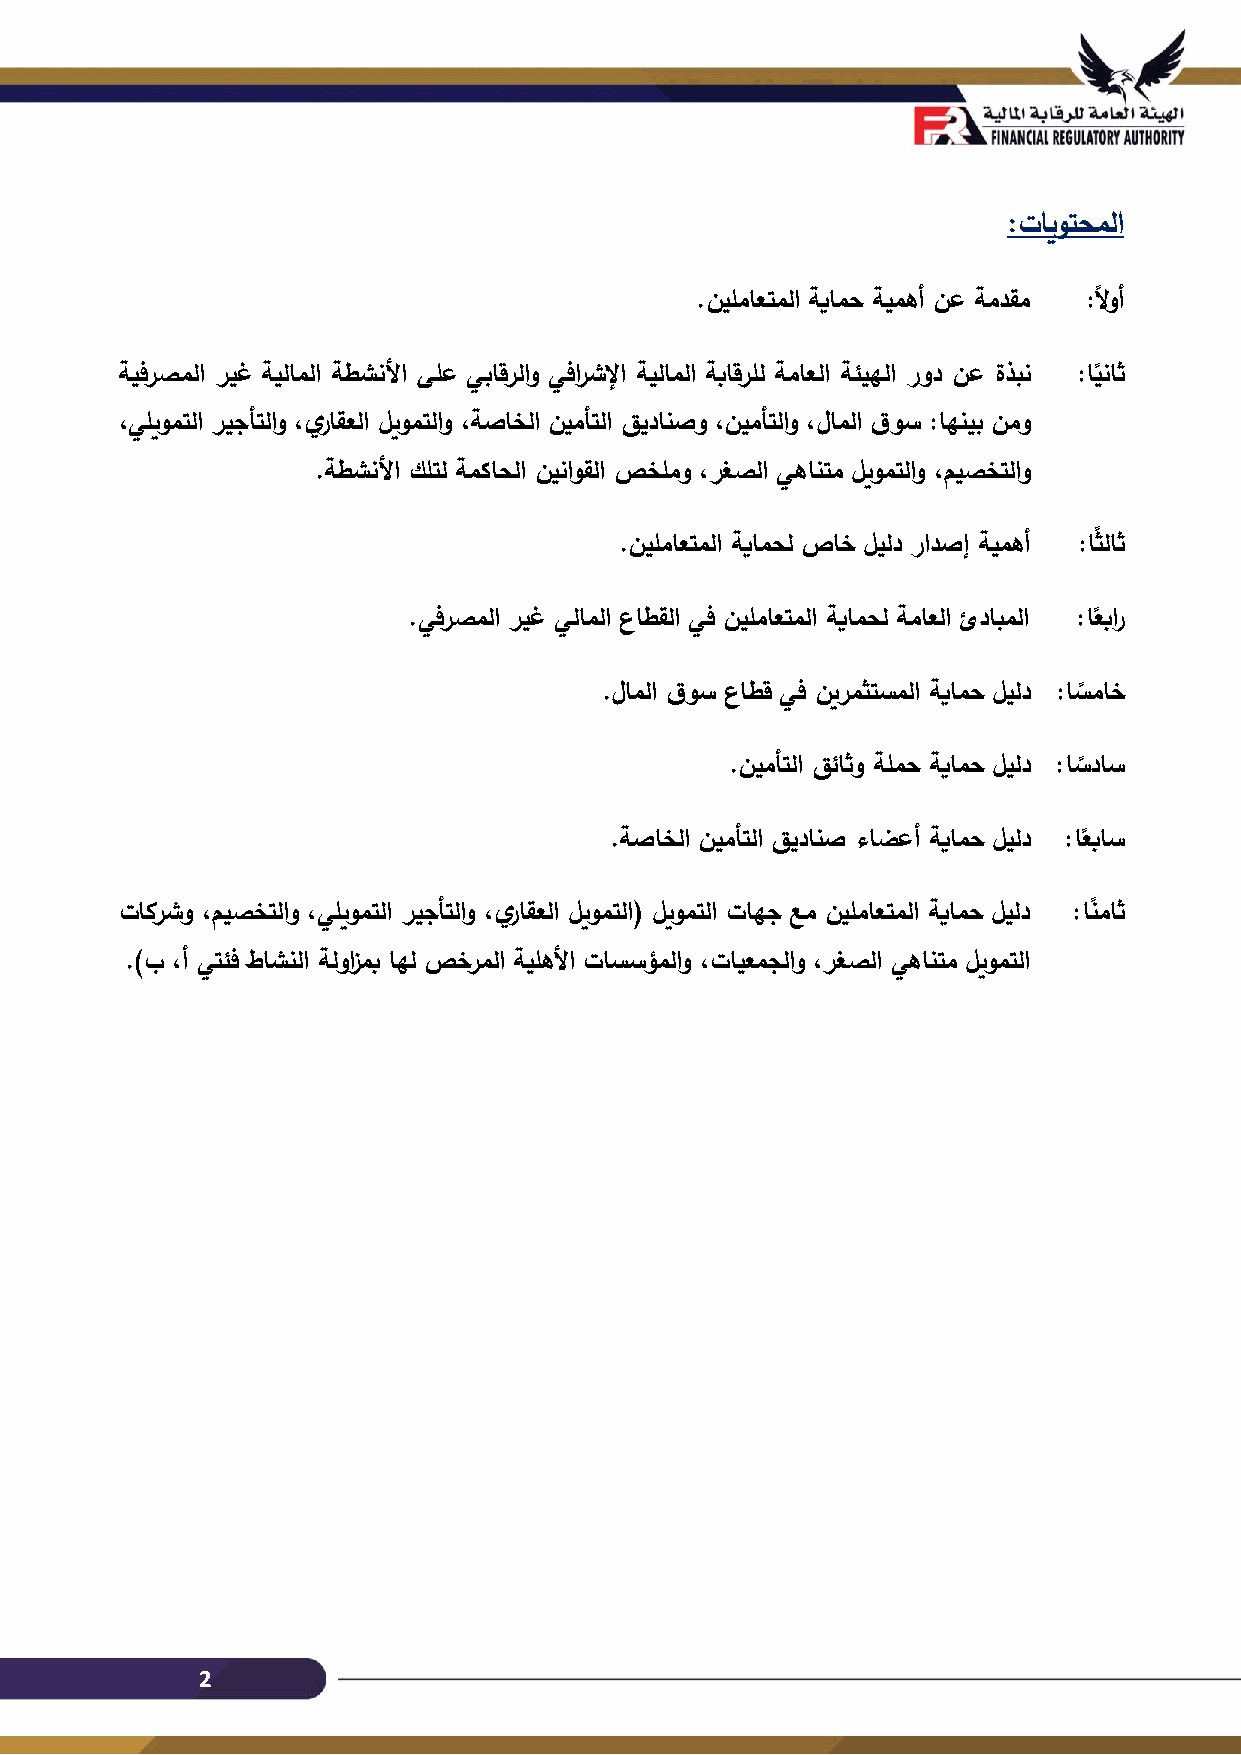
:تايوتحملا
 .نيلماعتملا ةيامح ةيمهأ نع ةمدقم :ًلاوأ
 ةيفرصملا ريغ ةيلاملا ةطشن لأا ىلع يباقرلاو يفارشلإا ةيلاملا ةباقرلل ةماعلا ةئيهلا رود نع ةذبن :ايناث
 ً
 ،يليومتلا ريجأتلاو ،يراقعلا ليومتلاو ،ةصاخلا نيمأتلا قيدانصو ،نيمأتلاو ،لاملا قوس :اهنيب نمو
 .ةطشنلأا كلتل ةمكاحلا نيناوقلا صخلمو ،رغصلا يهانتم ليومتلاو ،ميصختلاو
 .نيلماعتملا ةيامحل صاخ ليلد رادصإ ةيمهأ :اثًلاث
 .يفرصملا ريغ يلاملا عاطقلا يف نيلماعتملا ةيامحل ةماعلا ئدابملا :اعبار
 ً
 .لاملا قوس عاطق يف نيرمثتسملا ةيامح ليلد :اسماخ
 ً
 .نيمأتلا قئاثو ةلمح ةيامح ليلد :اسداس
 ً
 .ةصاخلا نيمأتلا قيدانص ءاضعأ ةيامح ليلد :اعباس
 ً
 تاكرشو ،ميصختلاو ،يليومتلا ريجأتلاو ، ير اقعلا ليومتلا( ليومتلا تاهج عم نيلماعتملا ةيامح ليلد :انًماث
 .)ب ،أ يتئف طاشنلا ةلوزامب اهل صخرملا ةيلهلأا تاسسؤملاو ،تايعمجلاو ،رغصلا يهانتم ليومتلا
 2